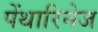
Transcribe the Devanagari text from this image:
पेंथारिनेज